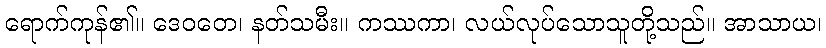
ရောက်ကုန်၏။ ဒေဝတေ၊ နတ်သမီး။ ကဿကာ၊ လယ်လုပ်သောသူတို့သည်။ အာသာယ၊